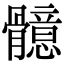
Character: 𩪣